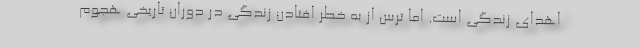
اهدای زندگی است. اما ترس از به خطر افتادن زندگی در دوران تاریخی هجوم